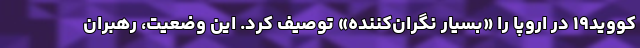
کووید۱۹ در اروپا را «بسیار نگران‌کننده» توصیف کرد. این وضعیت، رهبران